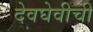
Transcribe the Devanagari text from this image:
देवघेवीची